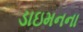
ડાઇમનના